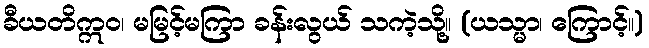
ခီယတိဣဝ၊ မမြင့်မကြာ ခန်းလွယ် သကဲ့သို့။ (ယသ္မာ၊ ကြောင့်။)